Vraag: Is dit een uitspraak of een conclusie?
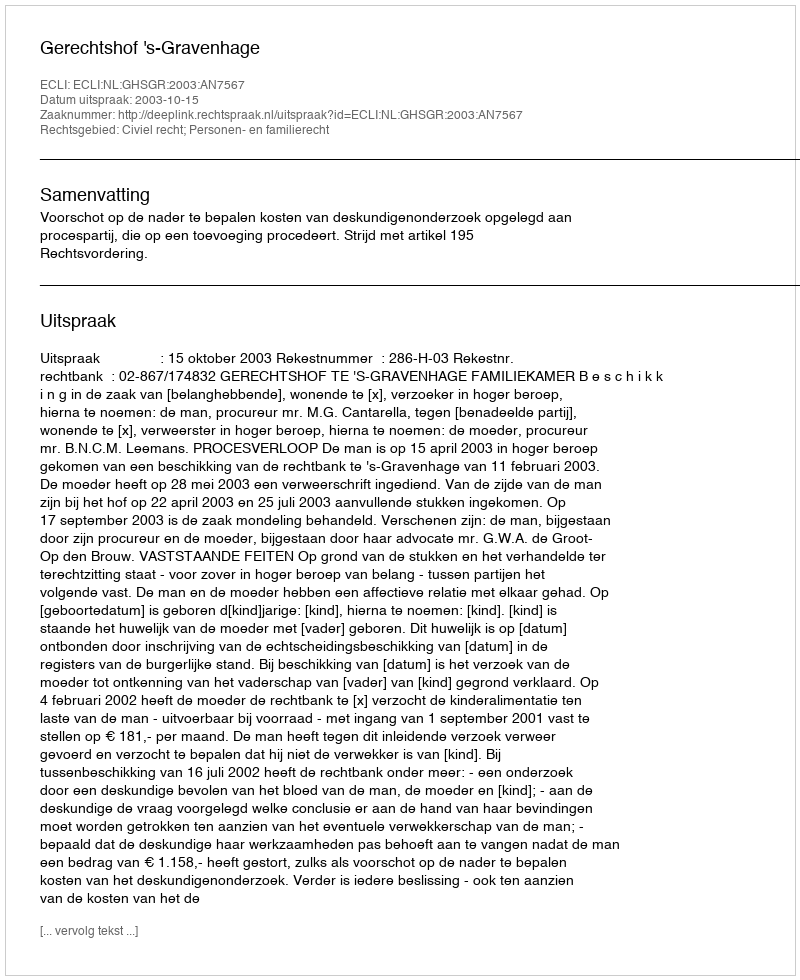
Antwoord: Uitspraak